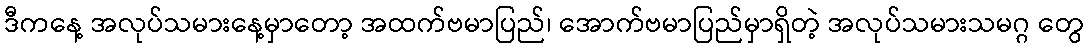
ဒီကနေ့ အလုပ်သမားနေ့မှာတော့ အထက်ဗမာပြည်၊ အောက်ဗမာပြည်မှာရှိတဲ့ အလုပ်သမားသမဂ္ဂ တွေ